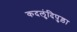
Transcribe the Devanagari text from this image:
कदलुंदिपुड़ा